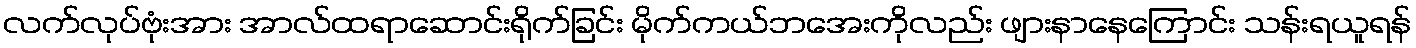
လက်လုပ်ဗုံးအား အာလ်ထရာဆောင်းရိုက်ခြင်း မိုက်ကယ်ဘအေးကိုလည်း ဖျားနာနေကြောင်း သန်းရယူရန်